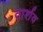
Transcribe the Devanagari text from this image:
वार्शव